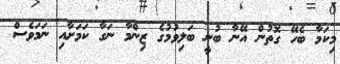
މިކަމާ ބެހޭ ގޮތުން އޭނާ ބުނީ ބަލިވުމުގެ ޒިންމާ ނަގާ ކަމަށާއި ނަމަވެސް